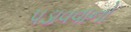
પડાવવાનો